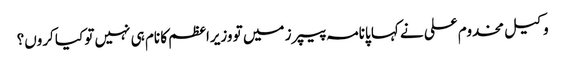
وکیل مخدوم علی نے کہا پانامہ پیپرز میں تو وزیراعظم کا نام ہی نہیں تو کیا کروں؟